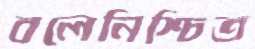
বলেনিশ্চিত